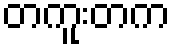
တကူးတက